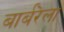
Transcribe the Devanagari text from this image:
बार्बरेला